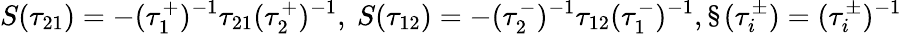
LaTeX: S(\tau_{21})=-(\tau_{1}^{+})^{-1}\tau_{21}(\tau_{2}^{+})^{-1},\ S(\tau_{12})=-(\tau_{2}^{-})^{-1}\tau_{12}(\tau_{1}^{-})^{-1},\S(\tau_{i}^{\pm})=(\tau_{i}^{\pm})^{-1}